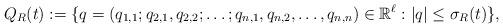
LaTeX: \begin{align*} Q_{R}(t):=\{ q=(q_{1,1};q_{2,1},q_{2,2};\ldots;q_{n,1},q_{n,2},&\ldots,q_{n,n})\in {\mathbb R}^{\ell}:|q|\le\sigma_{R}(t)\},\end{align*}